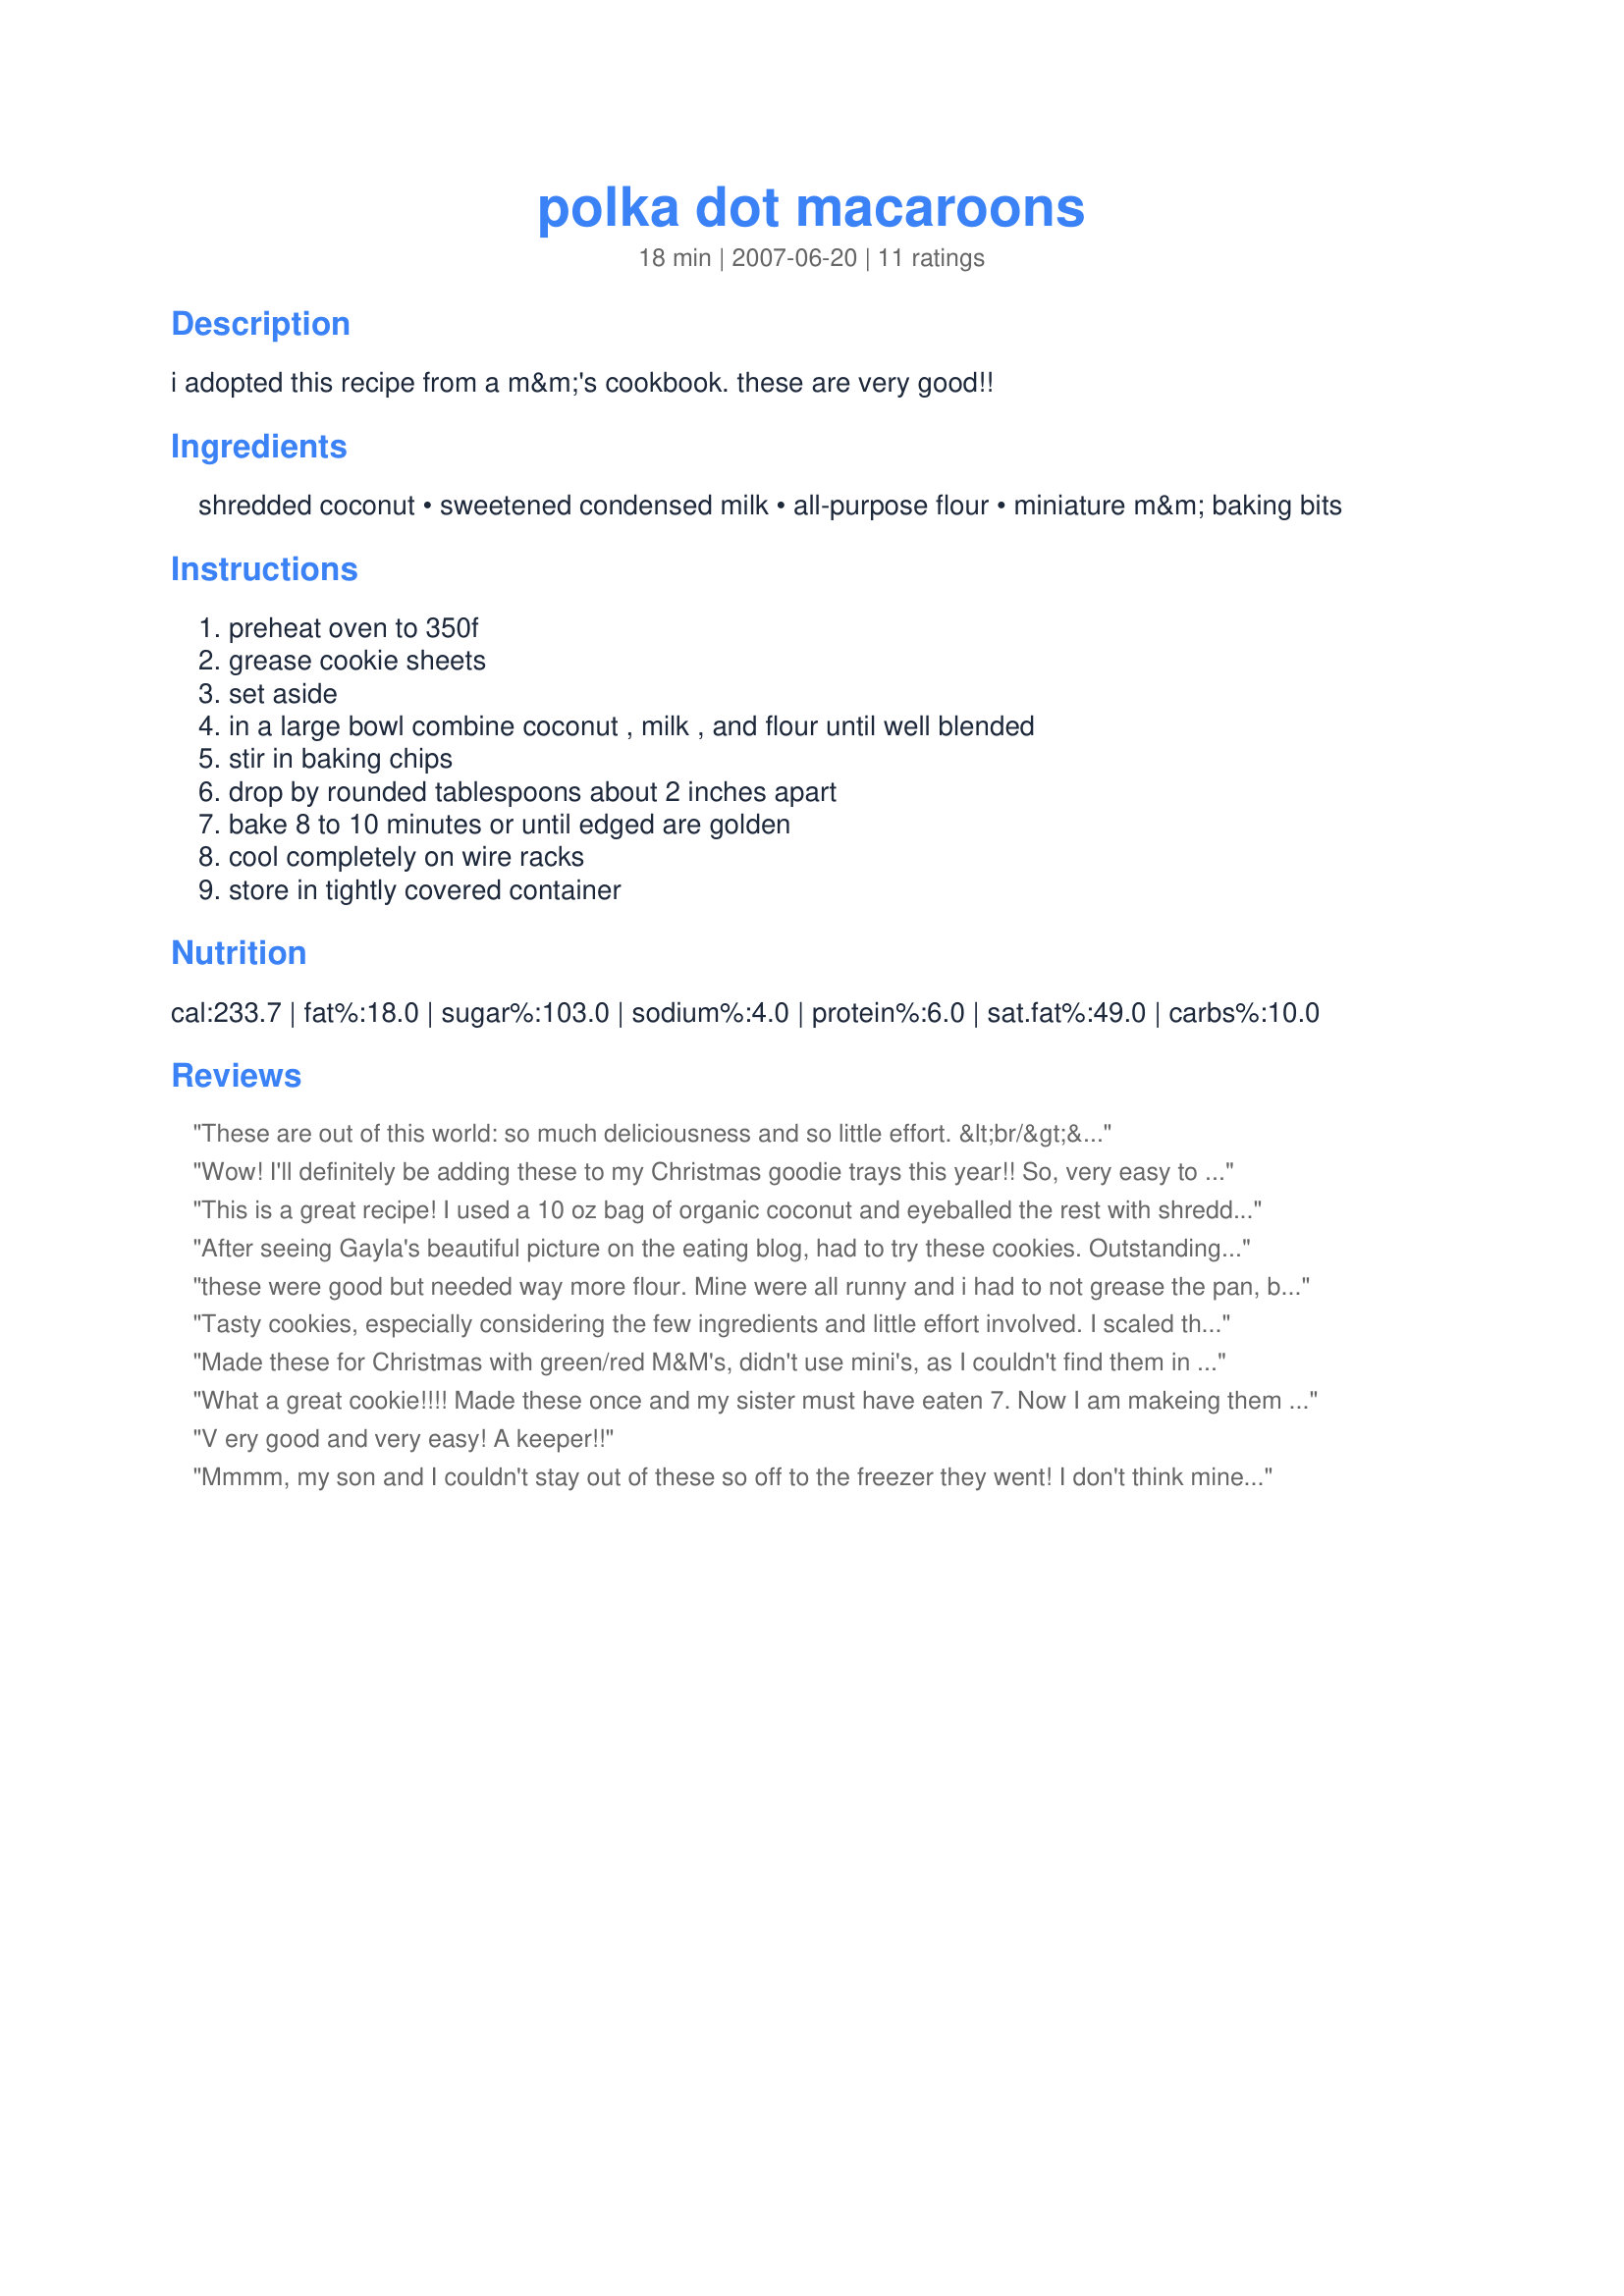
polka dot macaroons
Preparation time: 18 minutes

i adopted this recipe from a m&m's cookbook. these are very good!!

Ingredients:
shredded coconut, sweetened condensed milk, all-purpose flour, miniature m&m baking bits

Steps:
preheat oven to 350f, grease cookie sheets, set aside, in a large bowl combine coconut , milk , and flour until well blended, stir in baking chips, drop by rounded tablespoons about 2 inches apart, bake 8 to 10 minutes or until edged are golden, cool completely on wire racks, store in tightly covered container

Reviews:
These are out of this world: so much deliciousness and so little effort. &lt;br/&gt;&lt;br/&gt;I used sweetened coconut (the recipe didn&#039;t specify) and a whole bag of large M&amp;M&#039;s (this was about 1/4 cup more than called for). Also, I used parchment paper for easier cleanup. &lt;br/&gt;&lt;br/&gt;The only thing I would do differently next time is to make smaller cookies. I made 30 large cookies, but at that size, they turned out to be extremely fragile. So, instead of doing heaping tablespoons of dough, I will do flat tablespoons of dough next time.&lt;br/&gt;&lt;br/&gt;Thanks for posting!
Wow! I'll definitely be adding these to my Christmas goodie trays this year!! So, very easy to make & so tasty - rich & creamy. I couldn't find mini M&M baking bits so I just used regular sized M&M candy (without peanuts) & they worked fine. It's very easy to tell when the cookies are done - they look wet while cooking but once they are done, it is obvious as they look dry. It was a little bit tricky getting the cookies off the baking sheet but by taking my time, the cookies stayed intact.
This is a great recipe! I used a 10 oz bag of organic coconut and eyeballed the rest with shredded coconut so mine were a bit more chunky. :) Thanks for posting!
After seeing Gayla's beautiful picture on the eating blog, had to try these cookies. Outstanding. Only four ingredients came together for a terrific little cookie. Had to cook a little longer because I used an insulated baking sheet (12 minutes).
these were good but needed way more flour. Mine were all runny and i had to not grease the pan, because bottoms were burning! will make again thank you
Tasty cookies, especially considering the few ingredients and little effort involved. I scaled the recipe to half to use up some sweetened condensed milk left over from another recipe and baked the cookies on parchment paper. (The sweetened condensed milk was fat free and worked fine.) Thanks for posting!
Made these for Christmas with green/red M&M's, didn't use mini's, as I couldn't find them in the green and red. Be sure that they have browned a little when baking, my first batch wasn't brown and they didn't 'set' right. Makes a large amount; they keep well in the freezer. One of my hubbie's favorites this year!
What a great cookie!!!! Made these once and my sister must have eaten 7. Now I am makeing them for my nieces bake sale.
V ery good and very easy! A keeper!!
Mmmm, my son and I couldn't stay out of these so off to the freezer they went! I don't think mine looked as pretty as Gayla's photo but they tasted fine. I made them quite small as I want to add them to small 'samplers' to give to my colleagues. They will really brighten up the little plates. Thanks so much for posting your recipe. I will let you know how they held up with freezing.
I love these macaroons! They do work best with mini M&amp;Ms, but I&#039;ve also used the regular sized. I plan to make these for halloween with sundrops instead of M&amp;Ms.
